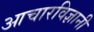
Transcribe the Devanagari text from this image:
आचारविज्ञानी